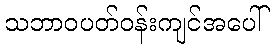
သဘာဝပတ်ဝန်းကျင်အပေါ်